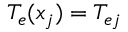
T _ { e } ( x _ { j } ) = T _ { e j }